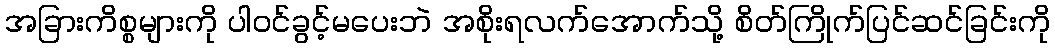
အခြားကိစ္စများကို ပါဝင်ခွင့်မပေးဘဲ အစိုးရလက်အောက်သို့ စိတ်ကြိုက်ပြင်ဆင်ခြင်းကို